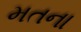
મતના